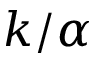
k / \alpha